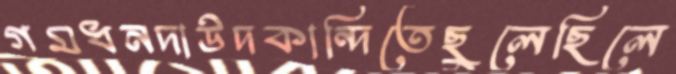
গমধনদাউদকান্দিতেছুলেছিলে